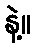
နဲ့။